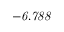
\it - 6 . 7 8 8